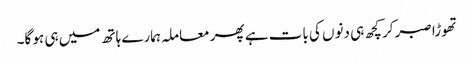
تھوڑا صبر کر کچھ ہی دنوں کی بات ہے پھر معاملہ ہمارے ہاتھ میں ہی ہو گا۔